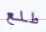
طلع